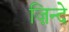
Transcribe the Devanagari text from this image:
ज़िन्दे